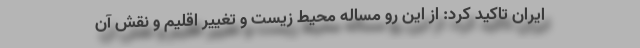
ایران تاکید کرد: از این رو مساله محیط زیست و تغییر اقلیم و نقش آن